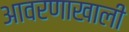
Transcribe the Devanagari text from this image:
आवरणाखाली